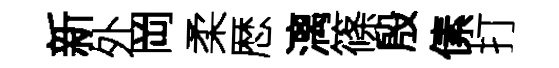
新外岡柔厯漓篠殷傃打